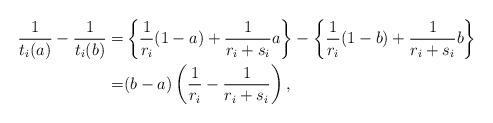
LaTeX: \begin{align*}\frac{1}{t_i(a)} - \frac{1}{t_i(b)}=& \left\{\frac{1}{r_i}(1-a) + \frac{1}{r_i+s_i}a \right\}- \left\{\frac{1}{r_i}(1-b) + \frac{1}{r_i+s_i}b \right\} \\=& (b - a) \left( \frac{1}{r_i} - \frac{1}{r_i+s_i} \right),\end{align*}